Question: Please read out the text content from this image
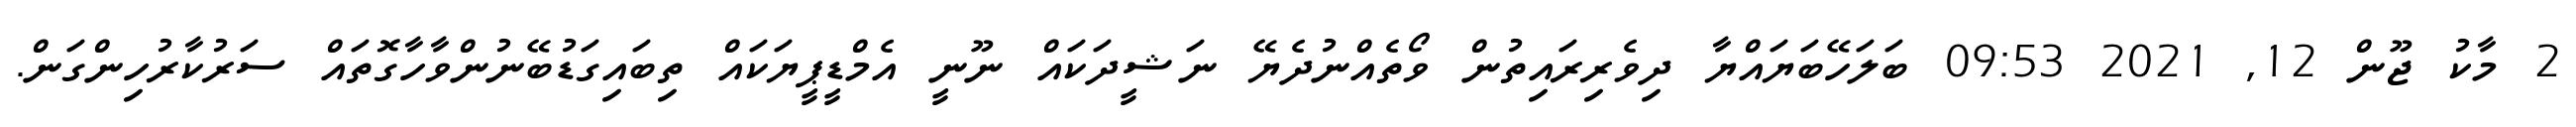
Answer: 2 މާކު ޖޫން 12, 2021 09:53 ބަލަހޭބަޔައްޔާ ދިވެރިރައިތުން ވޯތެއްނުދެޔޭ ނަޝީދަކައް ނޫނީ އެމްޑީޕީޔަކައް ތިބައިގަޑުބޭނުންވާހާގޮތައް ސަރުކާރުހިންގަން.